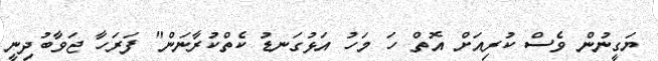
ޔަގީނުން ވެސް ކުރިއަށް އޮތް ހަ މަހު އަޅުގަނޑު ކެތްކުރާނަން" ފަރަހާ ޖަވާބުދިނީ